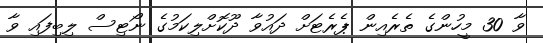
ވާ 30 މީހުންގެ ތެރެއިން ޕެރެޓަށް ދައުވާ ދޫކޮށްލިކަމުގެ ނޯޓިސް ލިބިފައި ވާ